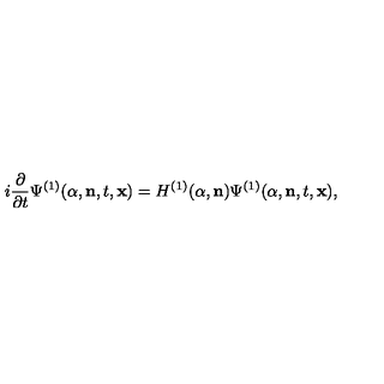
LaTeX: i \frac { \partial } { \partial { t } } { \Psi } ^ { ( 1 ) } ( \alpha , { \bf n } , t , { \bf x } ) = H ^ { ( 1 ) } ( \alpha , { \bf n } ) { \Psi } ^ { ( 1 ) } ( \alpha , { \bf n } , t , { \bf x } ) ,